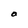
Character: O